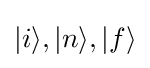
|i\rangle ,|n\rangle ,|f\rangle